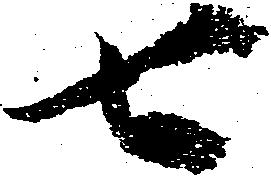
七